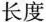
长度